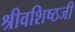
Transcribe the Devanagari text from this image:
श्रीवशिष्ठजी